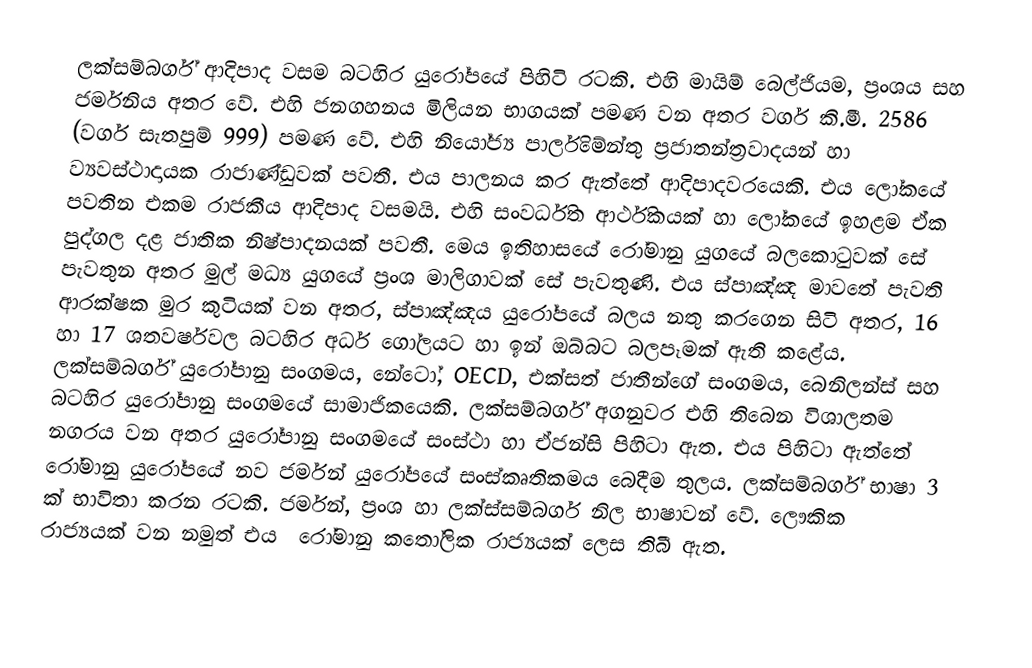
ලක්සම්බර්ග් ආදිපාද වසම බටහිර යුරෝපයේ පිහිටි රටකි. එහි මායිම් බෙල්ජියම, ප්‍රංශය සහ ජර්මනිය අතර වේ. එහි ජනගහනය මිලියන භාගයක් පමණ වන අතර වර්ග කි.මී. 2586 (වර්ග සැතපුම් 999) පමණ වේ. එහි නියෝජ්‍ය පාර්ලිමේන්තු ප්‍රජාතන්ත්‍රවාදයන් හා ව්‍යවස්ථාදායක ‍රාජාණ්ඩුවක් පවතී. එය පාලනය කර ඇත්තේ ආදිපාදවරයෙකි. එය ලෝකයේ පවතින එකම රාජකීය ආදිපාද වසමයි. එහි සංවර්ධිත ආර්ථිකයක් හා ලෝකයේ ඉහළම ඒක පුද්ගල දළ ජාතික නිෂ්පාදනයක් පවතී. මෙය ඉතිහාසයේ රෝමානු යුගයේ බලකොටුවක් සේ පැවතුන අතර මුල් මධ්‍ය යුගයේ ප්‍රංශ මාලිගාවක් සේ පැවතුණි. එය ස්පාඤ්ඤ මාවතේ පැවති ආරක්ෂක මුර කුටියක් වන අතර, ස්පාඤ්ඤය යුරෝපයේ බලය නතු කරගෙන සිටි අතර, 16 හා 17 ශතවර්ෂවල බටහිර අර්ධ ගෝලයට හා  ඉන් ඔබ්බට බලපෑමක් ඇති කළේය. ලක්සම්බර්ග් යුරෝපානු සංගමය, නේටෝ, OECD, එක්සත් ජාතීන්ගේ සංගමය, බෙනිලන්ස් සහ බටහිර යුරෝපානු සංගමයේ සාමාජිකයෙකි. ලක්සම්බර්ග් අගනුවර  එහි තිබෙන විශාලතම නගරය වන අතර යුරෝපානු සංගමයේ සංස්ථා හා ඒජන්සි පිහිටා ඇත. ‍එය පිහිටා ඇත්තේ ‍රෝමානු යුරෝපයේ නව ජර්මන් යු‍රෝපයේ සංස්කෘතිකමය බෙදීම තුලය. ලක්සම්බර්ග් භාෂා 3 ක් භාවිතා කරන රටකි. ජර්මන්, ප්‍රංශ හා ලක්ස්සම්බර්ග නිල භාෂාවන් වේ. ලෞකික රාජ්‍යයක් වන නමුත් එය ‍ රෝමානු කතෝලික රාජ්‍යයක් ලෙස තිබී ඇත.